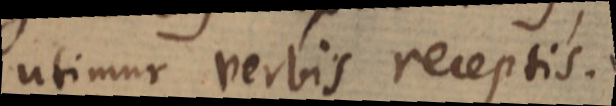
utimur verbis receptis.